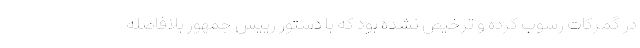
در گمرکات رسوب کرده و ترخیص نشده بود که با دستور رییس جمهور بلافاصله